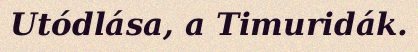
Utódlása, a Timuridák.